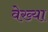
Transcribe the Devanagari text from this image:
वेख्या